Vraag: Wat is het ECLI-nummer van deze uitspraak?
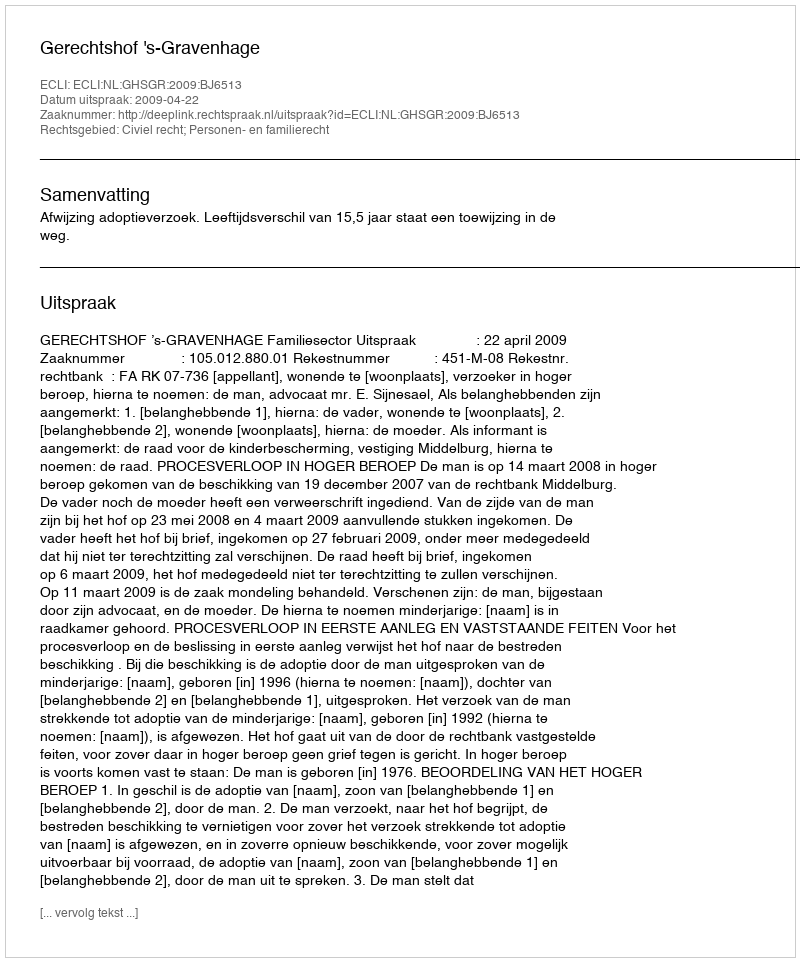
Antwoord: ECLI:NL:GHSGR:2009:BJ6513